Vaccination in Bombay 1874-1876 - 1874-1876
Year: 1874
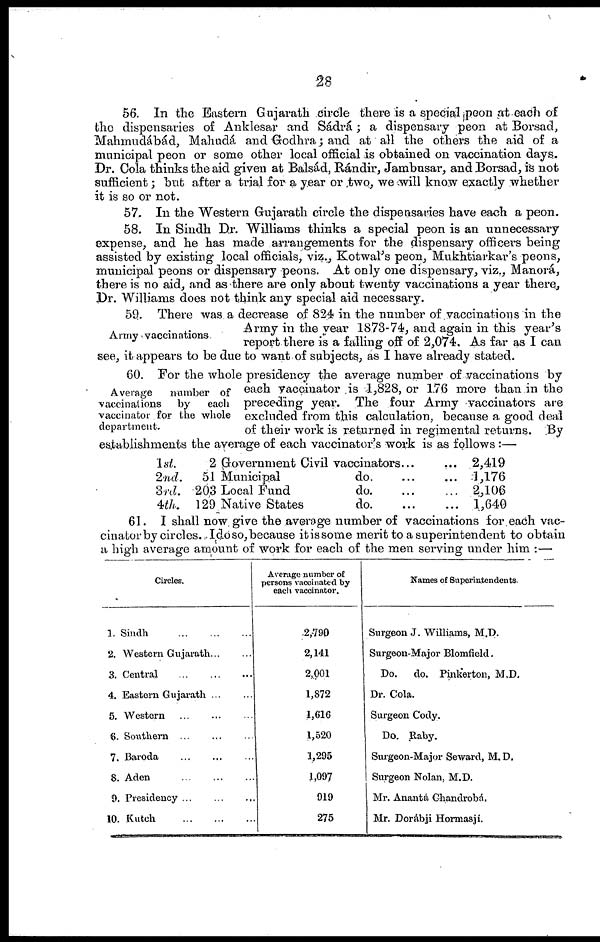
28
56. In the Eastern Gujarath circle there is a special peon at each of
the dispensaries of Anklesar and Sádrá; a dispensary peon at Borsad,
Mahmudábád, Mahudá and Godhra; and at all the others the aid of a
municipal peon or some other local official is obtained on vaccination days.
Dr. Cola thinks the aid given at Balsád, Rándir, Jambusar, and Borsad, is not
sufficient; but after a trial for a year or two, we will know exactly whether
it is so or not.
57. In the Western Gujarath circle the dispensaries have each a peon.
58. In Sindh Dr. Williams thinks a special peon is an unnecessary
expense, and he has made arrangements for the dispensary officers being
assisted by existing local officials, viz., Kotwal's peon, Mukhtiarkar's peons,
municipal peons or dispensary peons. At only one dispensary, viz., Manorá,
there is no aid, and as there are only about twenty vaccinations a year there,
Dr. Williams does not think any special aid necessary.
Army vaccinations.
59. There was a decrease of 824 in the number of vaccinations in the
Army in the year 1873-74, and again in this year's
report there is a falling off of 2,074. As far as I can
see, it appears to be due to want of subjects, as I have already stated.
Average number of
vaccinations by each
vaccinator for the whole
department.
60. For the whole presidency the average number of vaccinations by
each vaccinator is 1,828, or 176 more than in the
preceding year. The four Army vaccinators are
excluded from this calculation, because a good deal
of their work is returned in regimental returns. By
establishments the average of each vaccinator's work is as follows :—
1st.
2 Government Civil vaccinators... ...
2nd.
51 Municipal
do. ... ...
3rd. 20,3 Local Fund
do. ... ...
4th. 129 Native States
do. ... ...
2,419
1,176
2,106
1,640
61. I shall now. give the average number of vaccinations for each vac-
cinator by circles. Idoso, because it is some merit to a superintendent to obtain
a high average amount of work for each of the men serving under him :—
Circles.
1. Sindh
...
...
...
2. Western Gujarath ... ...
3. Central
...
...
...
4. Eastern Gujarath
...
...
5. Western
...
...
...
6. Southern
...
...
...
7. Baroda
...
...
...
8. Aden
...
...
...
9. Presidency
...
...
...
10. Kuteh
...
...
...
Average number of
persons vaccinated by
each vaccinator.
2,790
2,141
2,001
1,872
1,616
1,520
1,295
1,097
919
275
Names of Superintendents.
Surgeon J. Williams, M.D.
Surgeon-Major Blomfield.
Do.
do. Pinkerton, M.D.
Dr. Cola.
Surgeon Cody.
Do. Raby.
Surgeon-Major Seward, M. D.
Surgeon Nolan, M.D.
Mr. Anantá Chandrobá.
Mr. Dorábji Hormasjí.